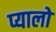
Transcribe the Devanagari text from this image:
प्यालो